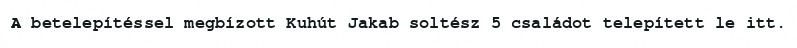
A betelepítéssel megbízott Kuhút Jakab soltész 5 családot telepített le itt.